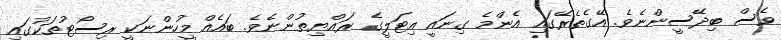
ވެސް ބިދޭސީންނެވެ. އޭގެތެރޭގައި އެންމެ ގިނައީ އިޓަލީގެ ރައްޔިތުންނެވެ. ބައެއް މީހުންނަކީ ރިސޯޓުތަކުގައި